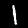
Digit: 1